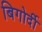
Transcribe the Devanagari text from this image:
बिगोर्दी